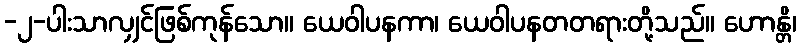
-၂-ပါးသာလျှင်ဖြစ်ကုန်သော။ ယေဝါပနကာ၊ ယေဝါပနတတရားတို့သည်။ ဟောန္တိ၊